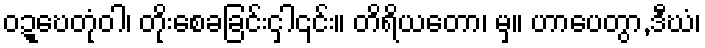
ဝဍ္ဎေတုံဝါ၊ တိုးစေခခြင်းငှါ၎င်း။ တိရိယတော၊ မှ။ ဟာပေတွာ,ဒီဃံ၊